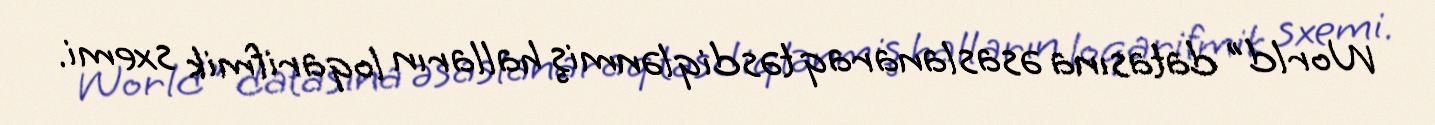
World" datasına əsaslanaraq təsdiqlənmiş halların loqarifmik sxemi.